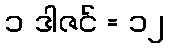
၁ ဒါဇင် = ၁၂